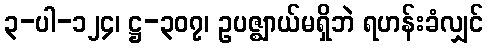
၃-ပါ-၁၂၄၊ ဋ္ဌ-၃၀၇၊ ဥပဇ္ဈာယ်မရှိဘဲ ရဟန်းခံလျှင်